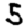
Digit: 5